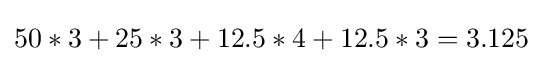
{\textstyle 50*3+25*3+12.5*4+12.5*3=3.125}